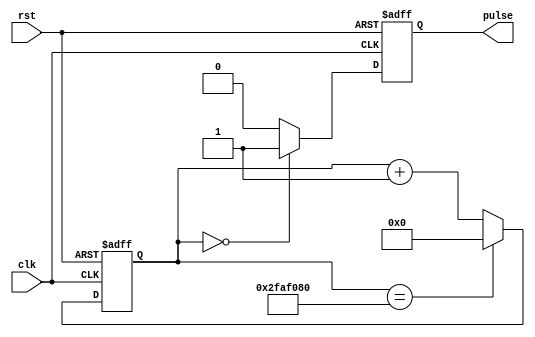
module SimplePulseGenerator (
  input wire clk,
  input wire rst,
  output reg pulse
);

reg [31:0] count;

always @ (posedge clk or posedge rst) begin
  if (rst) begin
    count <= 0;
    pulse <= 0;
  end else begin
    if (count == 0) begin
      pulse <= 1;
    end else begin
      pulse <= 0;
    end
    
    if (count == 50000000) begin // frequency = 1Hz
      count <= 0;
    end else begin
      count <= count + 1;
    end
  end
end

endmodule